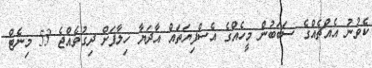
ކެވުނު އެއްޗެއްގެ ސަބަބުން މީހެއްގެ އެސްފިޔަތައް އާދަޔާ ޚިލާފަށް ދިގުވެއްޖެ 53 މިނެޓް